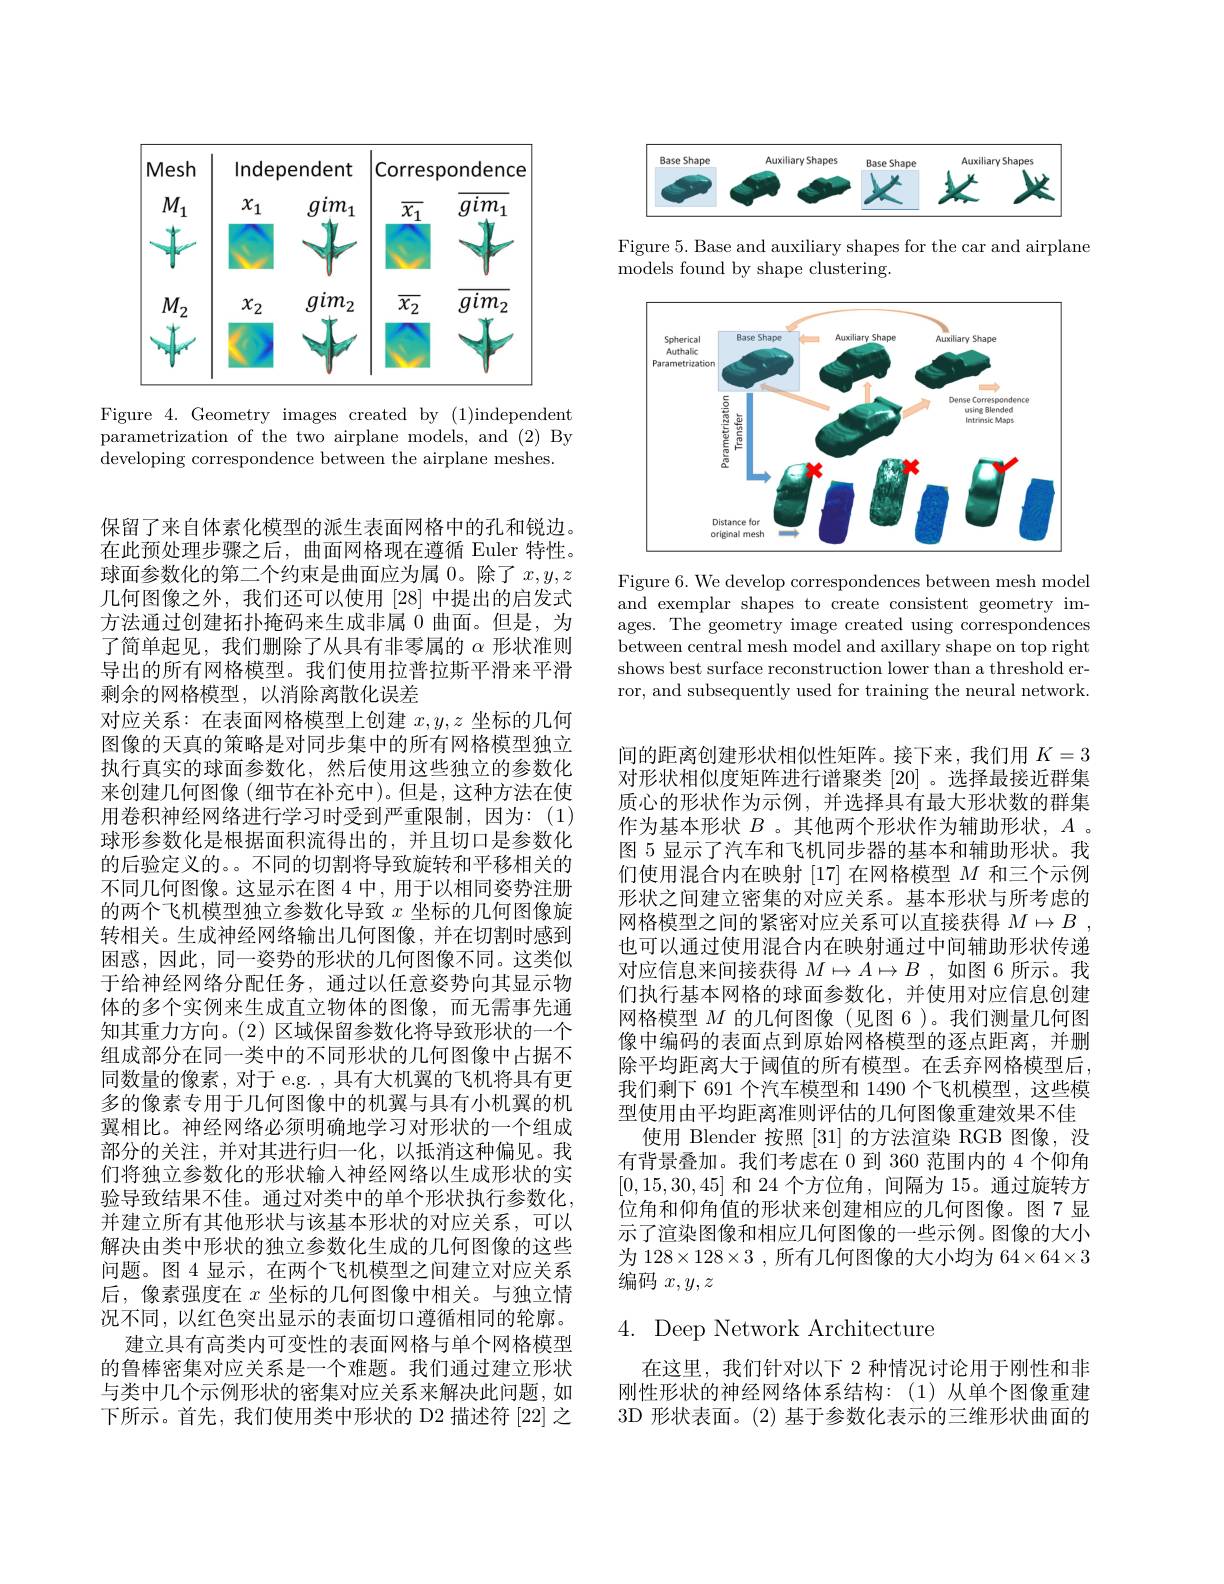
<FigureHere>

Figure 4.Geometry images created by (1)independent parametrization of the two airplane models, and (2) By developing correspondence between the airplane meshes.

保留了来自体素化模型的派生表面网格中的孔和锐边。在此预处理步骤之后，曲面网格现在遵循 Euler 特性。球面参数化的第二个约束是曲面应为属 0。除了$x,y,z$ 几何图像之外，我们还可以使用[28]中提出的启发式方法通过创建拓扑掩码来生成非属 0 曲面。但是，为了简单起见，我们删除了从具有非零属的$\alpha$形状准则导出的所有网格模型。我们使用拉普拉斯平滑来平滑剩余的网格模型，以消除离散化误差
对应关系：在表面网格模型上创建$x,y,z$坐标的几何图像的天真的策略是对同步集中的所有网格模型独立执行真实的球面参数化，然后使用这些独立的参数化来创建几何图像(细节在补充中)。但是，这种方法在使用卷积神经网络进行学习时受到严重限制，因为：(1) 球形参数化是根据面积流得出的，并且切口是参数化的后验定义的。。不同的切割将导致旋转和平移相关的不同几何图像。这显示在图 4 中，用于以相同姿势注册的两个飞机模型独立参数化导致$x$坐标的几何图像旋转相关。生成神经网络输出几何图像，并在切割时感到困惑，因此，同一姿势的形状的几何图像不同。这类似于给神经网络分配任务，通过以任意姿势向其显示物体的多个实例来生成直立物体的图像，而无需事先通知其重力方向。(2) 区域保留参数化将导致形状的一个组成部分在同一类中的不同形状的几何图像中占据不同数量的像素，对于 e.g. ,具有大机翼的飞机将具有更多的像素专用于几何图像中的机翼与具有小机翼的机翼相比。神经网络必须明确地学习对形状的一个组成部分的关注，并对其进行归一化，以抵消这种偏见。我们将独立参数化的形状输入神经网络以生成形状的实验导致结果不佳。通过对类中的单个形状执行参数化， 并建立所有其他形状与该基本形状的对应关系，可以解决由类中形状的独立参数化生成的几何图像的这些问题。图 4 显示，在两个飞机模型之间建立对应关系后，像素强度在$x$坐标的几何图像中相关。与独立情况不同，以红色突出显示的表面切口遵循相同的轮廓。
建立具有高类内可变性的表面网格与单个网格模型的鲁棒密集对应关系是一个难题。我们通过建立形状与类中几个示例形状的密集对应关系来解决此问题，如下所示。首先，我们使用类中形状的 D2 描述符 [22] 之

<FigureHere>

Figure 5. Base and auxiliary shapes for the car and airplane
models found by shape clustering.

<FigureHere>

Figure 6. We develop correspondences between mesh model and exemplar shapes to create consistent geometry images. The geometry image created using correspondences between central mesh model and axillary shape on top right shows best surface reconstruction lower than a threshold error, and subsequently used for training the neural network.

间的距离创建形状相似性矩阵。接下来，我们用$K=3$ 对形状相似度矩阵进行谱聚类[20] 。选择最接近群集质心的形状作为示例，并选择具有最大形状数的群集作为基本形状$B$ 。其他两个形状作为辅助形状，$A$ 。图 5 显示了汽车和飞机同步器的基本和辅助形状。我们使用混合内在映射[17]在网格模型$M$和三个示例形状之间建立密集的对应关系。基本形状与所考虑的网格模型之间的紧密对应关系可以直接获得$M\mapsto B$ , 也可以通过使用混合内在映射通过中间辅助形状传递对应信息来间接获得$M\mapsto A\mapsto B$ ,如图 6 所示。我们执行基本网格的球面参数化，并使用对应信息创建网格模型$M$的几何图像(见图 6)。我们测量几何图像中编码的表面点到原始网格模型的逐点距离，并删除平均距离大于阈值的所有模型。在丢弃网格模型后， 我们剩下 691 个汽车模型和 1490 个飞机模型，这些模型使用由平均距离准则评估的几何图像重建效果不佳
使用 Blender 按照 [31] 的方法渲染 RGB 图像，没有背景叠加。我们考虑在 0 到 360 范围内的 4 个仰角[0,15,30,45]和 24 个方位角，间隔为 15。通过旋转方位角和仰角值的形状来创建相应的几何图像。图 7 显示了渲染图像和相应几何图像的一些示例。图像的大小为 128$\times128\times3$ , 所有几何图像的大小均为 64$\times64\times3$ 编码$x,y,z$

# 4. Deep Network Architecture

在这里，我们针对以下 2 种情况讨论用于刚性和非刚性形状的神经网络体系结构：(1)从单个图像重建3D 形状表面。(2) 基于参数化表示的三维形状曲面的